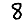
Digit: 8